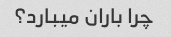
چرا باران میبارد؟